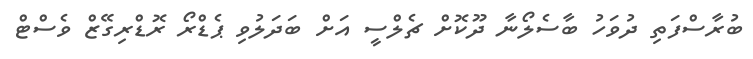
ބުރާސްފަތި ދުވަހު ބާސެލޯނާ ދޫކޮށް ޗެލްސީ އަށް ބަދަލުވި ޕެޑްރޯ ރޮޑްރިގޭޒް ވެސްޓް